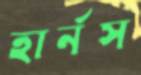
হার্নস